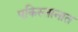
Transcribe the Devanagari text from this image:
पकिस्तानात